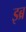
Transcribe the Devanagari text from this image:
इब्र